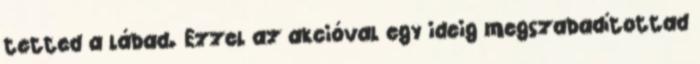
tetted a lábad. Ezzel az akcióval egy ideig megszabadítottad